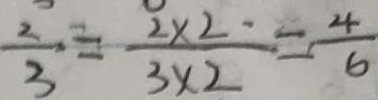
\frac { 2 } { 3 } = \frac { 2 \times 2 } { 3 \times 2 } = \frac { 4 } { 6 }